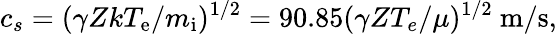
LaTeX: c_{s}=(\gamma ZkT_{\mathrm{e}}/m_{\mathrm{i}})^{1/2}=90.85(\gamma ZT_{e}/\mu)^{1/2}~\mathrm{m/s},